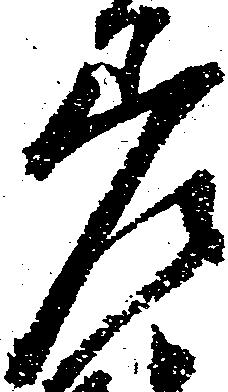
差